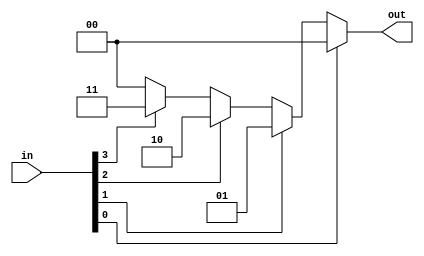
`timescale 1ns / 1ps
//////////////////////////////////////////////////////////////////////////////////
// Company: 
// Engineer: 
// 
// Design Name: 
// Module Name: priority
// Project Name: 
// Target Devices: 
// Tool Versions: 
// Description: 
// 
// Dependencies: 
// 
// Revision:
// Revision 0.01 - File Created
// Additional Comments:
// 
//////////////////////////////////////////////////////////////////////////////////


module priority(
    input [3:0] in,
    output reg [1:0] out);
    always @(*)
        begin
            casez({in})
                4'bzzz1: out=2'b00;
                4'bzz1z: out=2'b01;
                4'bz1zz: out=2'b10;
                4'b1zzz: out=2'b11;
                default: out=2'b00;
            endcase
        end
endmodule